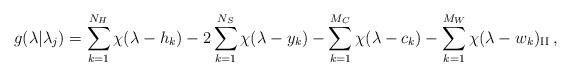
LaTeX: \begin{align*}\displaystyle g(\lambda |\lambda _{j})=\sum ^{N_{H}}_{k=1}\chi (\lambda -h_{k})-2\sum ^{N_{S}}_{k=1}\chi (\lambda -y_{k})-\sum ^{M_{C}}_{k=1}\chi (\lambda -c_{k})-\sum ^{M_{W}}_{k=1}\chi (\lambda -w_{k})_{\mathrm{II}}\: ,\end{align*}